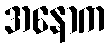
အနောက